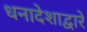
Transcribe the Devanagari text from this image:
धनादेशाद्वारे